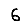
Digit: 6